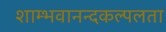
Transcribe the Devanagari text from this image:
शाम्भवानन्दकल्पलता